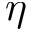
\eta